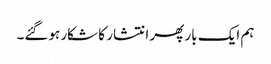
ہم ایک بار پھر انتشار کا شکار ہوگئے۔